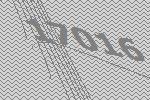
17016